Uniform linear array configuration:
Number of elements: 48
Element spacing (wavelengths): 1
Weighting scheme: blackman
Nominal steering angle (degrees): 45
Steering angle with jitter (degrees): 43.548
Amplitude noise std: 0.05
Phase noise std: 0.05

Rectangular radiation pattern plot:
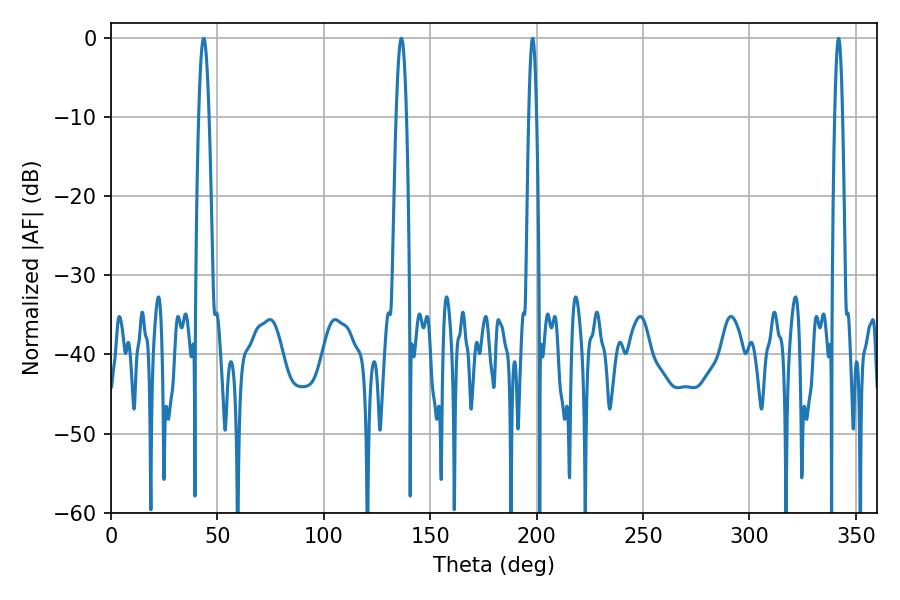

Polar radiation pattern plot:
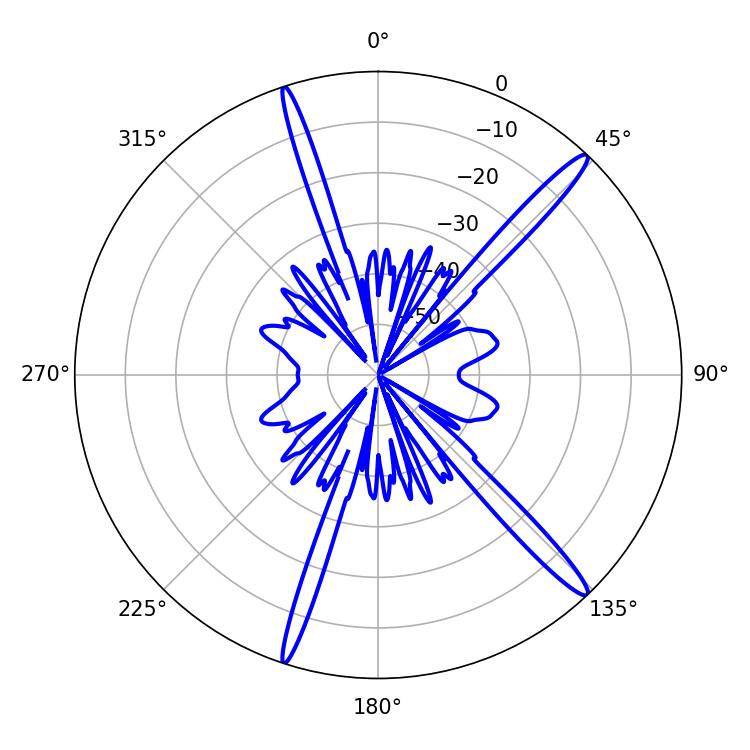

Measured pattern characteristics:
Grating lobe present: TRUE
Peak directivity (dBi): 16.371
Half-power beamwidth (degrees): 2.52
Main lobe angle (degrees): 43.56